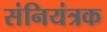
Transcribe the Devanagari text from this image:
संनियंत्रक